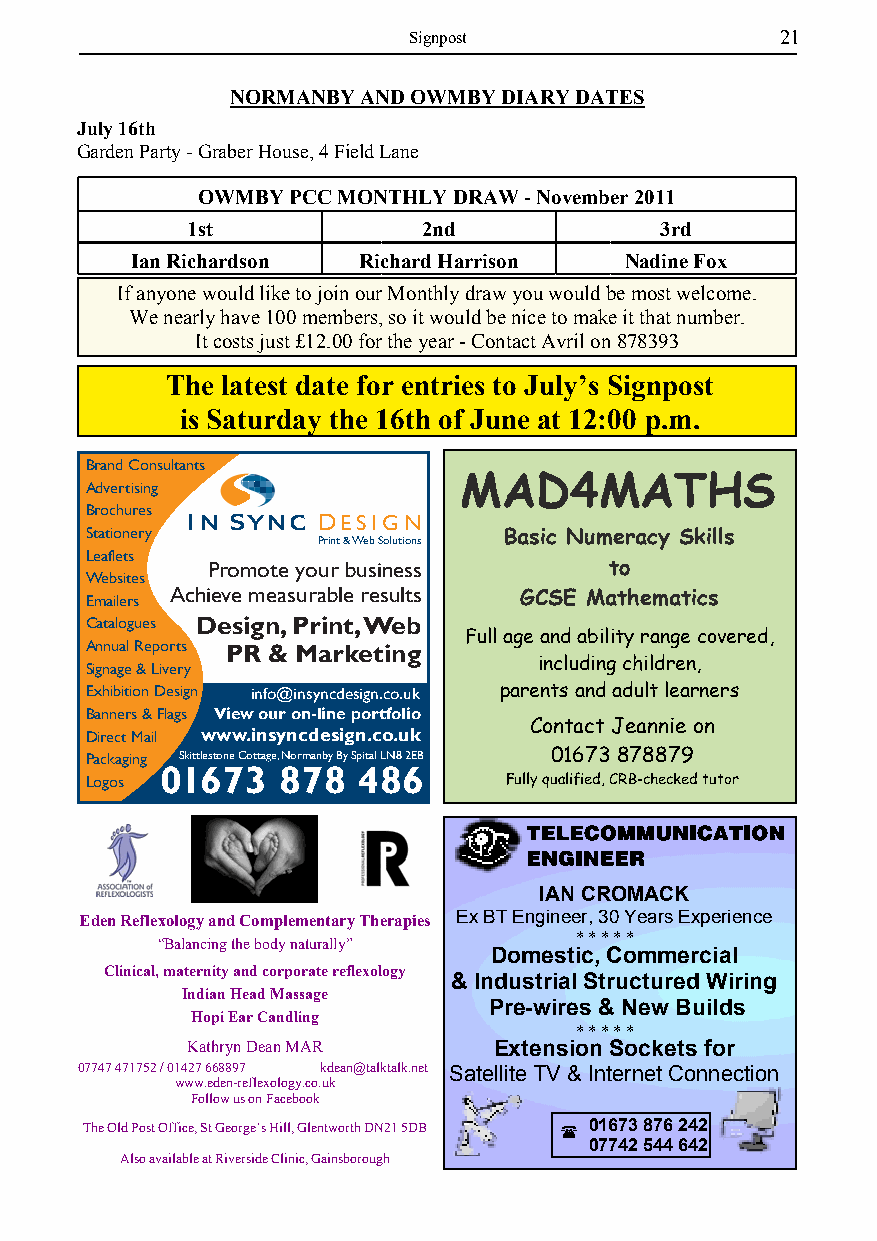
Signpost                 21
 NORMANBY AND OWMBY DIARY DATES
 July 16th
 Garden Party - Graber House, 4 Field Lane
 OWMBY PCC MONTHLY DRAW - November 2011
 1st             2nd             3rd
 Ian Richardson Richard Harrison Nadine Fox
 If anyone would like to join our Monthly draw you would be most welcome.
 We nearly have 100 members, so it would be nice to make it that number.
 It costs just £12.00 for the year - Contact Avril on 878393
 The latest date for entries to July’s Signpost
 is Saturday the 16th of June at 12:00 p.m.
 Brand Consultants
 MAD4MATHS
 Advertising
 Brochures
 IN SYNC  DESIGN
 Stationery                 Basic Numeracy Skills
 Print &Web Solutions
 Leaflets
 Promote your business     to
 Websites
 Emailers Achieve measurable results GCSE Mathematics
 Catalogues Design,Print,Web
 Full age and ability range covered,
 Annual Reports PR & Marketing
 Signage & Livery              including children,
 Exhibition Design info@insyncdesign.co.uk parents and adult learners
 Banners & Flags View our on-line portfolio
 Contact Jeannie on
 Direct Mail www.insyncdesign.co.uk
 Packaging Skittlestone Cottage,Normanby By Spital LN8 2EB 01673 878879
 01673  878   486
 Logos                       Fully qualified, CRB-checked tutor
 IAN CROMACK
 Eden Reflexology and Complementary Therapies Ex BT Engineer, 30 Years Experience
 “Balancing the body naturally” * * * * *
 Domestic, Commercial
 Clinical, maternity and corporate reflexology
 & Industrial Structured Wiring
 Indian Head Massage
 Pre-wires & New Builds
 Hopi Ear Candling
 * * * * *
 Kathryn Dean MAR     Extension Sockets for
 07747 471752 / 01427 668897 kdean@talktalk.net Satellite TV & Internet Connection
 www.eden-reflexology.co.uk
 Follow us on Facebook
 The Old Post Office, St George’s Hill, Glentworth DN21 5DB ( 01673 876 242
 07742 544 642
 Also available at Riverside Clinic, Gainsborough